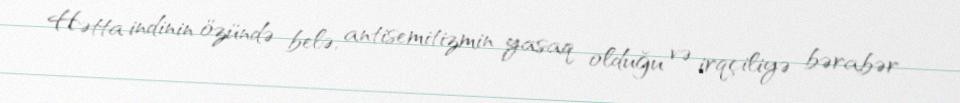
Hətta indinin özündə belə, antisemitizmin yasaq olduğu və irqçiliyə bərabər